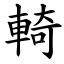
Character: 輢